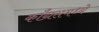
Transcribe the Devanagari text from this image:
काँग्रसमध्ये